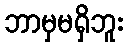
ဘာမှမရှိဘူး